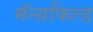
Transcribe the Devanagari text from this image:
मॅन्सफिल्ड